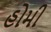
હોમી